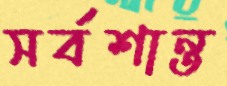
সর্বশান্ত